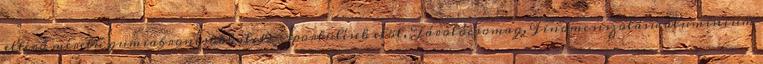
eltérő méretű gumiabroncsokkal, 19 Sportülések elöl, Tárolócsomag, Finomcsiszolású alumínium